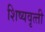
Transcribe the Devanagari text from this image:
शिष्‍यवृत्‍ती